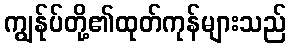
ကျွန်ုပ်တို့၏ထုတ်ကုန်များသည်